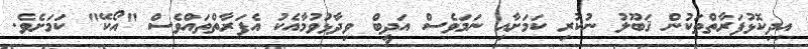
އިދިކޮޅުފަރާތްތަކުން ޤަބޫލު ނުކުރި ކަމަށާއި ނަމަވެސް އަދީބް ވިދާޅުވުމާއެކު އެފަރާތްތައްވެސް "އޯކޭ" ކަމަށެވެ.